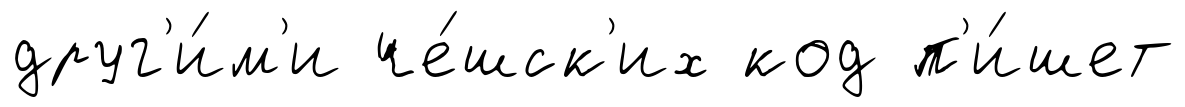
друг'и́м'и че́шск'их код п'и́шет